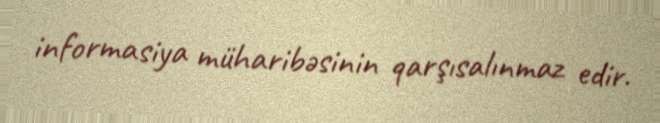
informasiya müharibəsinin qarşısalınmaz edir.